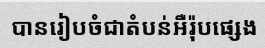
បានរៀបចំជាតំបន់អឺរ៉ុបផ្សេង